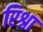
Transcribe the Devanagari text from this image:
रिश्रा